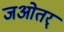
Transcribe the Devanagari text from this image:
जओतर्